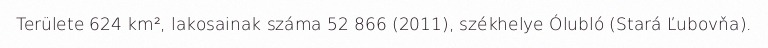
Területe 624 km², lakosainak száma 52 866 (2011), székhelye Ólubló (Stará Ľubovňa).